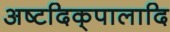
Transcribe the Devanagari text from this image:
अष्टदिक्‌पालादि